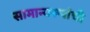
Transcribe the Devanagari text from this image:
सामान्यरूपांची